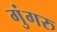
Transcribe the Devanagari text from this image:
गुंगरु